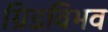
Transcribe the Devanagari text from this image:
ग्रिडविभव